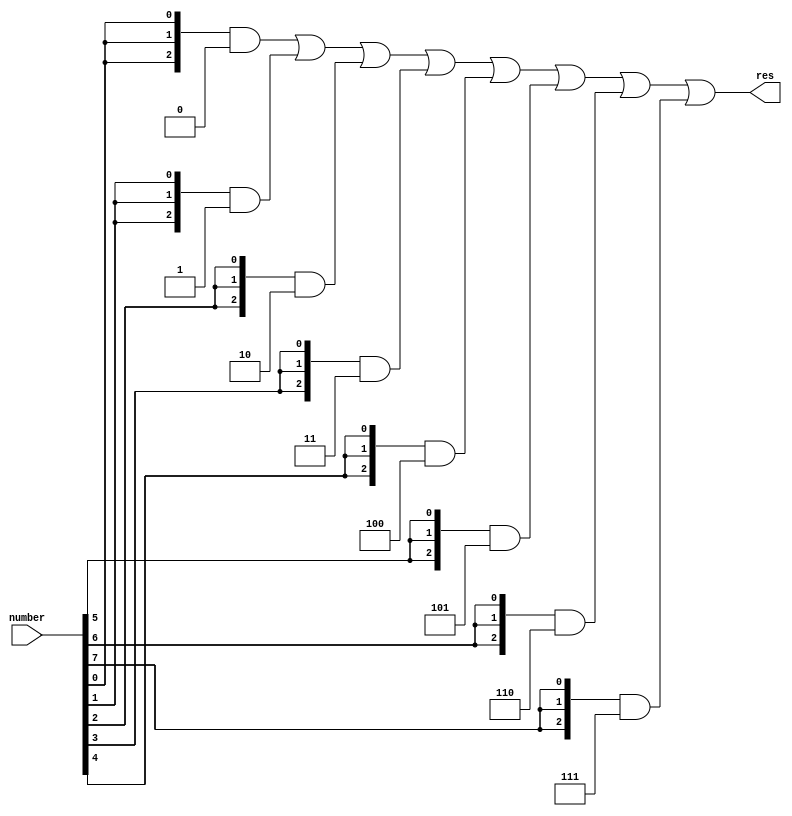
module log(
	input [7:0] number,
	output [2:0] res
);
	assign res = 	{3{number[0]}} & 3'd0 |
			{3{number[1]}} & 3'd1 |
			{3{number[2]}} & 3'd2 |
			{3{number[3]}} & 3'd3 |
			{3{number[4]}} & 3'd4 |
			{3{number[5]}} & 3'd5 |
			{3{number[6]}} & 3'd6 |
			{3{number[7]}} & 3'd7 ; 
endmodule